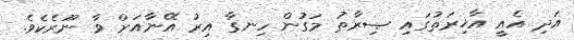
އަދި އެއީ އާޚިރަތުގައި ޞިރާޠު މަގުން ހިނގާ އިރު އޭނާއަށް ވާ ނޫރެކެވެ.